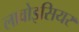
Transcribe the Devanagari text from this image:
लावोइसियर